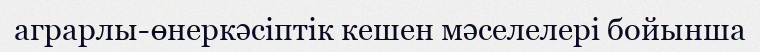
аграрлы-өнеркәсіптік кешен мәселелері бойынша